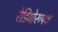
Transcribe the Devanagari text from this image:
रेडियोरूपक